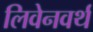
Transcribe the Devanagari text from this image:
लिवेनवर्थ